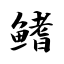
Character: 鳍